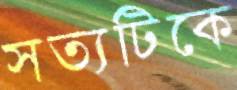
সত্যটিকে